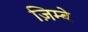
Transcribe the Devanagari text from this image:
ज़िम्बे